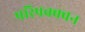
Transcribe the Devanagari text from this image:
परिपक्क्वन